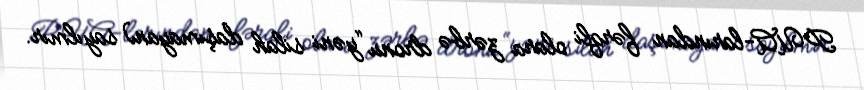
PUA-larından fərqli olara zərbə dronu “yəni silah daşımayan) sayılmır.